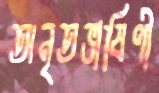
অনৃতভাষিণী